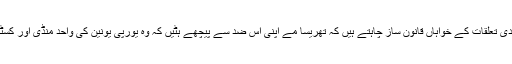
یورپی یونین سے قریبی اقتصادی تعلقات کے خواہاں قانون ساز چاہتے ہیں کہ تھریسا مے اپنی اس ضد سے پیچھے ہٹیں کہ وہ یورپی یونین کی واحد منڈی اور کسٹم یونین سے الگ ہو جائیں گی۔